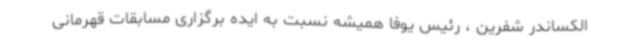
الکساندر شفرین ، رئیس یوفا همیشه نسبت به ایده برگزاری مسابقات قهرمانی